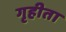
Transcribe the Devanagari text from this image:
गृहीता